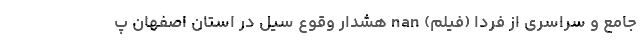
جامع و سراسری از فردا (فیلم) nan هشدار وقوع سیل در استان اصفهان پ